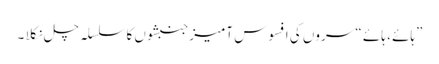
”ہائے ، ہائے “ سروں کی افسوس آمیز جنبشوں کا سلسلہ چل نکلا ۔